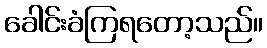
ခေါင်းခံကြရတော့သည်။